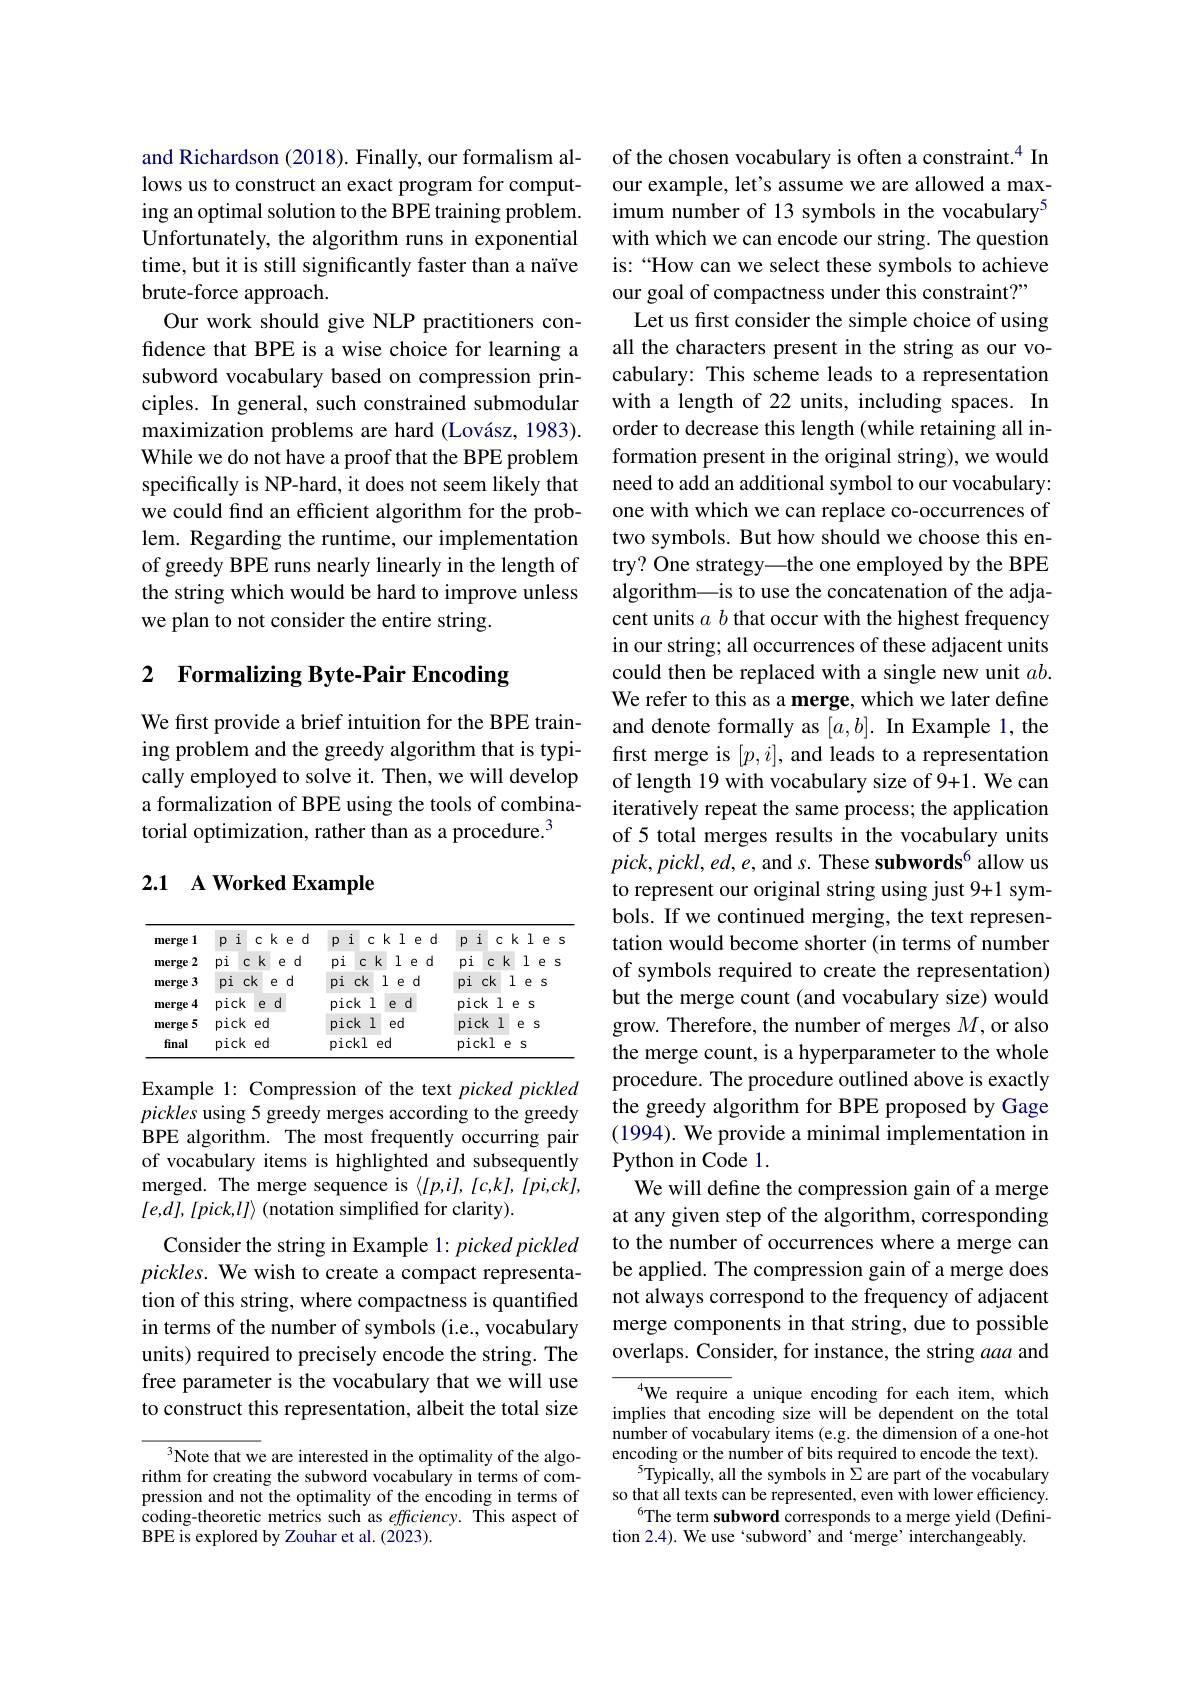
and Richardson (2018). Finally, our formalism allows us to construct an exact program for computing an optimal solution to the BPE training problem. Unfortunately, the algorithm runs in exponential time, but it is still significantly faster than a naïve brute-force approach.
Our work should give NLP practitioners confdence that BPE is a wise choice for learning a subword vocabulary based on compression principles. In general, such constrained submodular maximization problems are hard (Lovász, 1983). While we do not have a proof that the BPE problem specifically is NP-hard, it does not seem likely that we could find an efficient algorithm for the problem. Regarding the runtime, our implementation of greedy BPE runs nearly linearly in the length of the string which would be hard to improve unless we plan to not consider the entire string.

# 2 Formalizing Byte-Pair Encoding

We first provide a brief intuition for the BPE training problem and the greedy algorithm that is typically employed to solve it. Then, we will develop a formalization of BPE using the tools of combinatorial optimization, rather than as a procedure.$^{3}$

# 2.1 A Worked Example

<table>
	<tbody>
		<tr>
			<th>21 merge</th>
			<th>i $p$</th>
			<th>cke d</th>
			<th>$k$ d e</th>
			<th>i $C$ $k$ 1 e C</th>
			<th>$k$ 1 d · e </th>
			<th>i $P$</th>
			<th>i $C$</th>
			<th>1 $k$</th>
			<th>e</th>
			<th>s 1</th>
		</tr>
		<tr>
			<td>merge 2</td>
			<td>$C$ $pi$</td>
			<td>$=k$ $d$ e</td>
			<td>d K e</td>
			<td>$ck$ led</td>
			<td>$k$ 1 $d$ e</td>
			<td>$pi$</td>
			<td>$k$ $C$</td>
			<td>1 :</td>
			<td>e</td>
			<td>S</td>
		</tr>
		<tr>
			<td>merge 3</td>
			<td>$pi$ $C$</td>
			<td>$=k$ e t $d$ J</td>
			<td>d e</td>
			<td>$ck$ led</td>
			<td>1 d e</td>
			<td>$pi$ $C$</td>
			<td>$ck$</td>
			<td>1 e</td>
			<td>S</td>
			<td> </td>
		</tr>
		<tr>
			<td>merge 4</td>
			<td>pick</td>
			<td>$d$ e</td>
			<td>$d$ 2</td>
			<td>ck 1 $d$ $e$</td>
			<td>$d$ $e$</td>
			<td>pick</td>
			<td>$ck$ 1</td>
			<td>e S</td>
			<td>5</td>
			<td> </td>
		</tr>
		<tr>
			<td>merge 5</td>
			<td>pick</td>
			<td>ed</td>
			<td>d</td>
			<td><1 ed $ck$</td>
			<td>ed</td>
			<td>pick</td>
			<td>$ck$ 1</td>
			<td>e</td>
			<td>S</td>
			<td> </td>
		</tr>
		<tr>
			<td>final</td>
			<td>pick</td>
			<td>ed</td>
			<td>d</td>
			<td>ckl ed</td>
			<td>ed</td>
			<td>pick</td>
			<td>$=k1$ e</td>
			<td>S 2</td>
			<td> </td>
			<td> </td>
		</tr>
	</tbody>
</table>

Example 1: Compression of the text picked pickled pickles using 5 greedy merges according to the greedy BPE algorithm. The most frequently occurring pair of vocabulary items is highlighted and subsequently merged. The merge sequence is $\langle[p,i],[c,k],[pi,ck]$, $[ e, d] $, $[ pick, l] \rangle$ (notation simplified for clarity).
Consider the string in Example 1: picked pickled pickles. We wish to create a compact representation of this string, where compactness is quantified in terms of the number of symbols (i.e., vocabulary units) required to precisely encode the string. The free parameter is the vocabulary that we will use to construct this representation, albeit the total size

Note that we are interested in the optimality of the algorithm for creating the subword vocabulary in terms of compression and not the optimality of the encoding in terms of coding-theoretic metrics such as efficiency. This aspect of BPE is explored by Zouhar et al. (2023).

of the chosen vocabulary is often a constraint.$^{4}$ In our example, let's assume we are allowed a maximum number of 13 symbols in the vocabulary$^{5}$ with which we can encode our string. The question is: “How can we select these symbols to achieve our goal of compactness under this constraint?"
Let us first consider the simple choice of using all the characters present in the string as our vocabulary: This scheme leads to a representation with a length of 22 units, including spaces. In order to decrease this length (while retaining all information present in the original string), we would need to add an additional symbol to our vocabulary: one with which we can replace co-occurrences of two symbols. But how should we choose this entry? One strategy—the one employed by the BPE algorithm\_is to use the concatenation of the adjacent units $a$ b that occur with the highest frequency in our string; all occurrences of these adjacent units could then be replaced with a single new unit $ab.$ We refer to this as a merge, which we later define and denote formally as $[ a, b] . \textbf{InExample 1, the}$ first merge is $[p,i]$, and leads to a representation of length 19 with vocabulary size of 9+1. We can iteratively repeat the same process; the application of 5 total merges results in the vocabulary units $pick,pickl,ed,e$, and s. These subwords$^6$ allow us to represent our original string using just 9+1 symbols. If we continued merging, the text representation would become shorter (in terms of number of symbols required to create the representation) but the merge count (and vocabulary size) would grow. Therefore, the number of merges $M$,or also the merge count, is a hyperparameter to the whole procedure. The procedure outlined above is exactly the greedy algorithm for BPE proposed by Gage (1994). We provide a minimal implementation in Python in Code 1.
We will define the compression gain of a merge at any given step of the algorithm, corresponding to the number of occurrences where a merge can be applied. The compression gain of a merge does not always correspond to the frequency of adjacent merge components in that string, due to possible overlaps. Consider, for instance, the string aaa and
${^4}$We require a unique encoding for each item, which

implies that encoding size will be dependent on the total number of vocabulary items (e.g. the dimension of a one-hot encoding or the number of bits required to encode the text).
$\bar{\text{Typically, all the symbols in}\Sigma}$are part of the vocabulary so that all texts can be represented, even with lower efficiency.
$^{6}$The term subword corresponds to a merge yield (Defini-
tion 2.4). We use `subword' and‘merge’interchangeably.